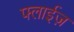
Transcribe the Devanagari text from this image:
फ्लाईज़